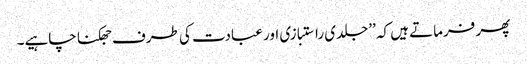
پھر فرماتے ہیں کہ ’’جلدی راستبازی اور عبادت کی طرف جھکنا چاہیے۔